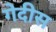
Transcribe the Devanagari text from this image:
गेदीस